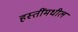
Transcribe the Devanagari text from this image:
हस्तींमधील